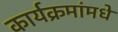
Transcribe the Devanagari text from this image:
कार्यक्रमांमधे